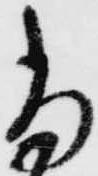
尚